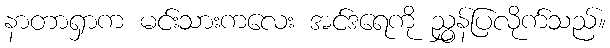
နာတာရှာက မင်းသားကလေး အင်ဒရေကို ညွှန်ပြလိုက်သည်။